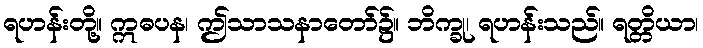
ရဟန်းတို့။ ဣဓပန၊ ဤသာသနာတော်၌။ ဘိက္ခု၊ ရဟန်းသည်။ ရတ္တိယာ၊